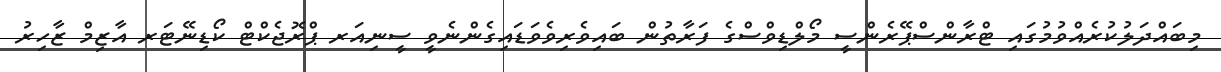
މިބައްދަލުކުރެއްވުމުގައި ޓްރާންސްޕޭރެންސީ މޯލްޑިވްސްގެ ފަރާތުން ބައިވެރިވެވަޑައިގެންނެވީ ސީނިއަރ ޕްރޮޖެކްޓް ކޯޑިނޭޓަރ އާޒިމް ޒާހިރު